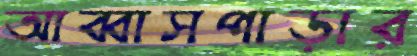
আব্বাসপাড়ার